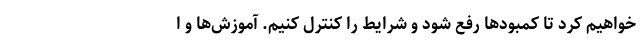
خواهیم کرد تا کمبودها رفع شود و شرایط را کنترل کنیم. آموزش‌ها و ا